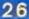
26